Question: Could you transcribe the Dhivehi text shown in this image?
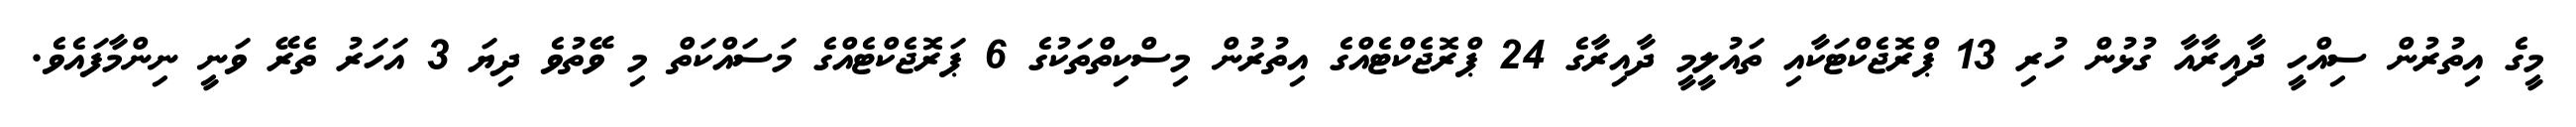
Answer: މީގެ އިތުރުން ސިއްހީ ދާއިރާއާ ގުޅުން ހުރި 13 ޕްރޮޖެކްޓަކާއި ތައުލީމީ ދާއިރާގެ 24 ޕްރޮޖެކްޓެއްގެ އިތުރުން މިސްކިތްތަކުގެ 6 ޕަރޮޖެކްޓެއްގެ މަސައްކަތް މި ވޭތުވެ ދިޔަ 3 އަހަރު ތެރޭ ވަނީ ނިންމާފައެވެ.